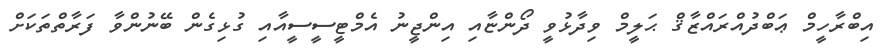
އިބްރާހީމް ޢަބްދުއްރައްޒާޤް ޙަލީމް ވިދާޅުވީ ދޯންޏާއި އިންޖީނު އެމްޓީސީސީއާއި ގުޅިގެން ބޭނުންވާ ފަރާތްތަކަށް